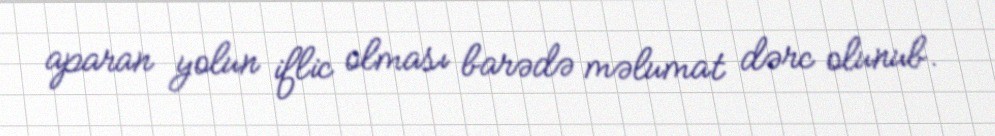
aparan yolun iflic olması barədə məlumat dərc olunub.